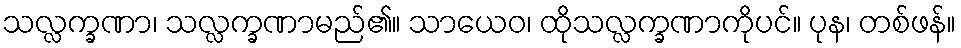
သလ္လက္ခဏာ၊ သလ္လက္ခဏာမည်၏။ သာယေဝ၊ ထိုသလ္လက္ခဏာကိုပင်။ ပုန၊ တစ်ဖန်။